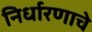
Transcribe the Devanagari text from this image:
निर्धारणाचे